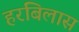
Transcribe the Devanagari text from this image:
हरबिलास